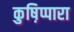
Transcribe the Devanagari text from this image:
कुष़िप्पारा